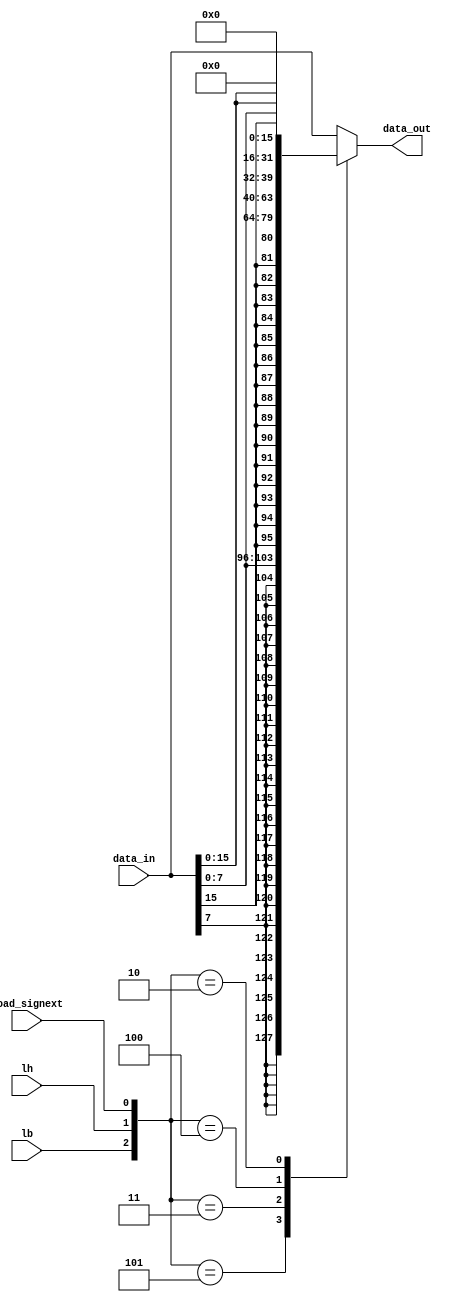
`timescale 1ns / 1ps
//////////////////////////////////////////////////////////////////////////////////
// School: Korea Univ
// Cource : ASIC design
// 
/////////////////////////////////////////////////////////////////////////////////
module load_modifier (
    input wire lb, lh, load_signext,
    input wire [31:0] data_in,
    output reg [31:0] data_out
);
    always @(*)
    begin
        casez({lb,lh,load_signext})
            3'b00?: data_out = data_in;                              // lw
            3'b101: data_out = { {24{data_in[7]}}, data_in[7:0] };   // lb
            3'b011: data_out = { {16{data_in[15]}}, data_in[15:0] }; // lh
            3'b100: data_out = { {24{1'b0}}, data_in[7:0] };         // lbu
            3'b010: data_out = { {16{1'b0}}, data_in[15:0] };        // lhu
            default: data_out = data_in;
        endcase
    end
endmodule